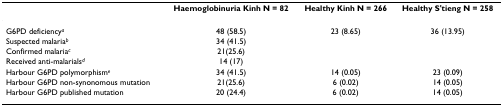
<table><thead><tr><td></td><td><b>Haemoglobinuria Kinh N = 82</b></td><td><b>Healthy Kinh N = 266</b></td><td><b>Healthy S&#x27;tieng N = 258</b></td></tr></thead><tbody><tr><td>G6PD deficiency<sup><i>a</i></sup></td><td>48 (58.5)</td><td>23 (8.65)</td><td>36 (13.95)</td></tr><tr><td>Suspected malaria<sup><i>b</i></sup></td><td>34 (41.5)</td><td></td><td></td></tr><tr><td>Confirmed malaria<sup><i>c</i></sup></td><td>21(25.6)</td><td></td><td></td></tr><tr><td>Received anti-malarials<sup><i>d</i></sup></td><td>14 (17)</td><td></td><td></td></tr><tr><td>Harbour G6PD polymorphism<sup><i>e</i></sup></td><td>34 (41.5)</td><td>14 (0.05)</td><td>23 (0.09)</td></tr><tr><td>Harbour G6PD non-synonomous mutation</td><td>21(25.6)</td><td>6 (0.02)</td><td>14 (0.05)</td></tr><tr><td>Harbour G6PD published mutation</td><td>20 (24.4)</td><td>6 (0.02)</td><td>14 (0.05)</td></tr></tbody></table>